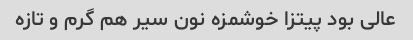
عالی بود پیتزا خوشمزه نون سیر هم گرم و تازه